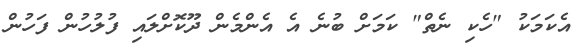
އެކަމަކު "ހެކި ނެތް" ކަމަށް ބުނެ އެ އެންމެން ދޫކޮށްލައި ފުލުހުން ފަހުން